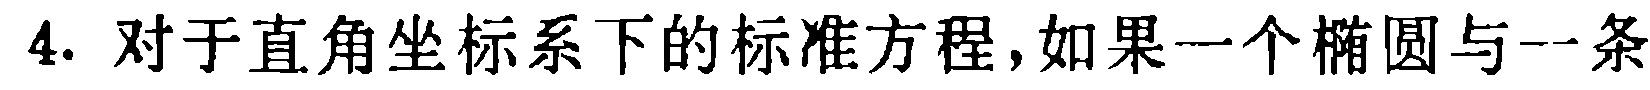
4. 对于直角坐标系下的标准方程，如果一个椭圆与一条